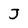
Character: J